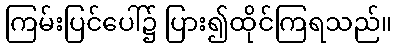
ကြမ်းပြင်ပေါ်၌ ပြား၍ထိုင်ကြရသည်။